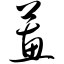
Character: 蕙